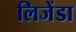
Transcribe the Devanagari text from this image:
लिजेंडा